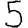
Digit: 5